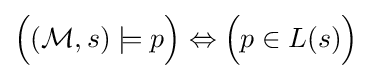
{\Big (}({\mathcal {M}},s)\models p{\Big )}\Leftrightarrow {\Big (}p\in L(s){\Big )}